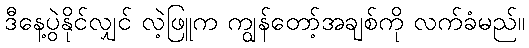
ဒီနေ့ပွဲနိုင်လျှင် လဲ့ဖြူက ကျွန်တော့်အချစ်ကို လက်ခံမည်။